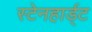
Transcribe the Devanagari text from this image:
स्टेनहार्ड्ट